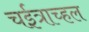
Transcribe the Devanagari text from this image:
चईत्राच्हल